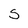
Character: S